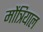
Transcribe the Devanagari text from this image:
मोंत्रियाल